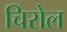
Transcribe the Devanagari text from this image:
चिरोल